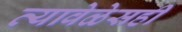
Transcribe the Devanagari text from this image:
त्यावेळेसही